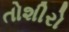
તોશીરો